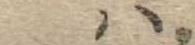
は